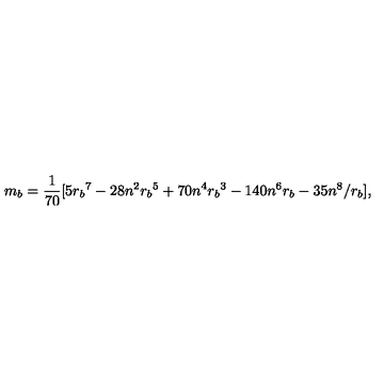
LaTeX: m _ { b } = { \frac { 1 } { 7 0 } } [ 5 { r _ { b } } ^ { 7 } - 2 8 n ^ { 2 } { r _ { b } } ^ { 5 } + 7 0 n ^ { 4 } { r _ { b } } ^ { 3 } - 1 4 0 n ^ { 6 } { r _ { b } } - 3 5 n ^ { 8 } / r _ { b } ] ,